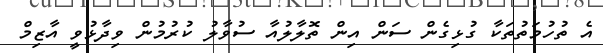
އެ ތުހުމަތުތަކާ ގުޅިގެން ސަން އިން ތޮލާލުއާ ސުވާލު ކުރުމުން ވިދާޅުވީ އާޒިމް